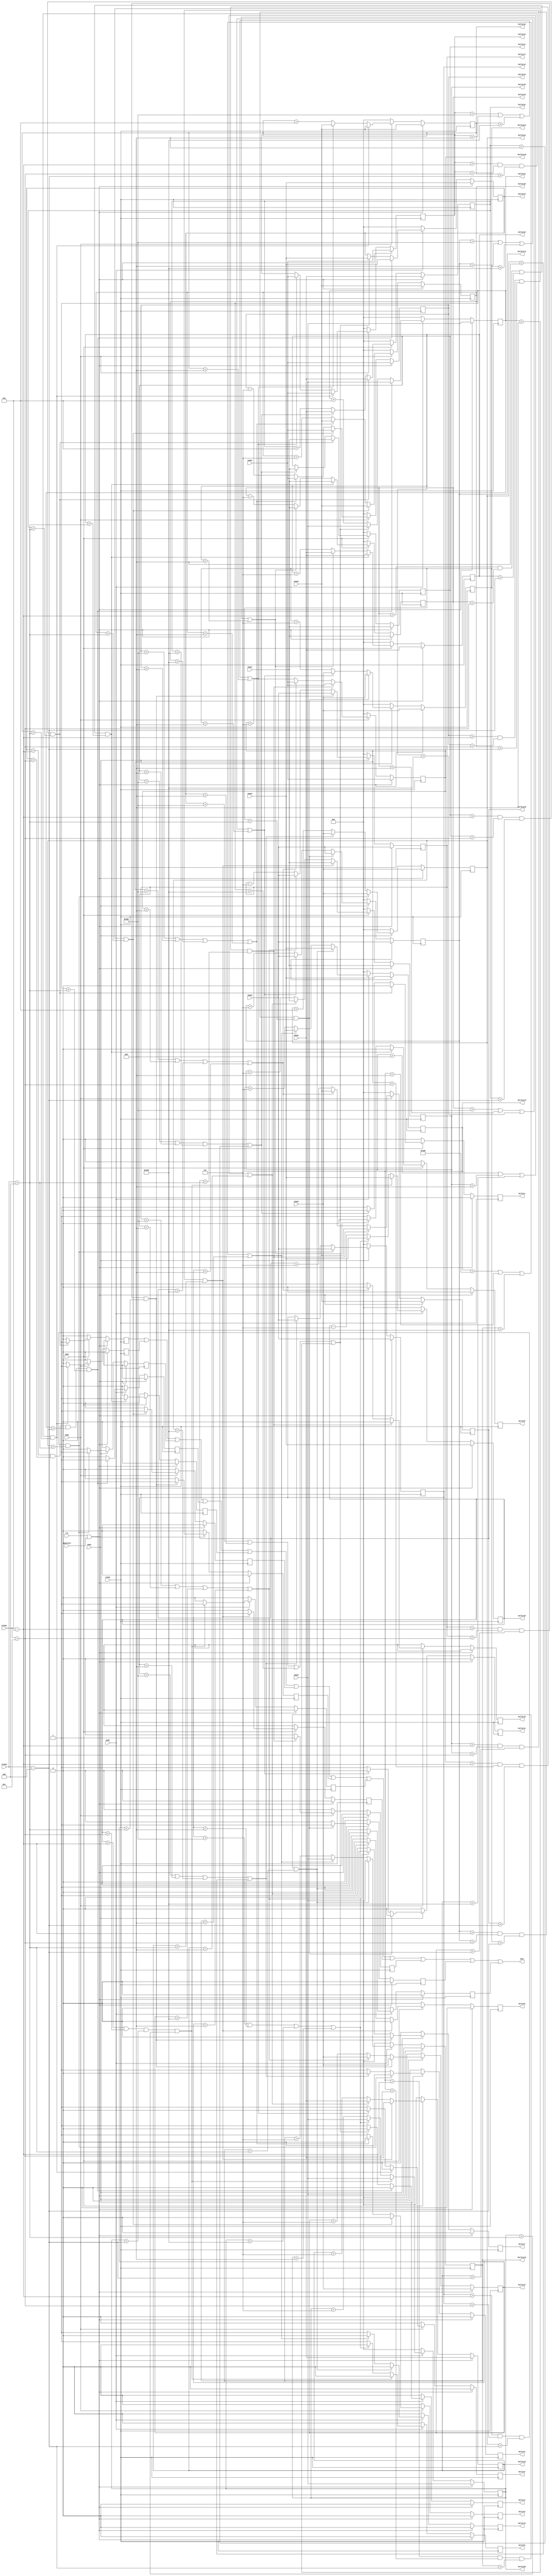
module enm_bullet(
	input rst,
	input clk22,
	input gamestart,
	input [9:0]reimux,
	input [9:0]reimuy,
	input [9:0]enmx1,
	input [9:0]enmy1,
	input [9:0]enmx2,
	input [9:0]enmy2,
	input [9:0]enmx3,
	input [9:0]enmy3,
	input [9:0]enmx4,
	input [9:0]enmy4,
	input enm1,
	input enm2,
	input enm3,
	input enm4,
	output shot, //get hurt
	output reg bullet1,//output signal ,bullet exist = 1
	output reg bullet2,
	output reg bullet3,
	output reg bullet4,
	output reg bullet5,
	output reg bullet6,
	output reg bullet7,
	output reg bullet8,
	output reg bullet9,
	output reg bullet10,
	output reg bullet11,
	output reg bullet12,
	output reg [9:0]bulletx1,//enemy1 => 
	output reg [9:0]bullety1,
	output reg [9:0]bulletx2,//enemy2 => 
	output reg [9:0]bullety2,
	output reg [9:0]bulletx3,//enemy3 => 
	output reg [9:0]bullety3,
	output reg [9:0]bulletx4,//enemy4 => 
	output reg [9:0]bullety4,
	output reg [9:0]bulletx5,//enemy1 => 
	output reg [9:0]bullety5,
	output reg [9:0]bulletx6,//enemy2 => 
	output reg [9:0]bullety6,
	output reg [9:0]bulletx7,//enemy3 => 
	output reg [9:0]bullety7,
	output reg [9:0]bulletx8,//enemy4 => 
	output reg [9:0]bullety8,
	output reg [9:0]bulletx9,//enemy1 => 
	output reg [9:0]bullety9,
	output reg [9:0]bulletx10,//enemy2 => 
	output reg [9:0]bullety10,
	output reg [9:0]bulletx11,//enemy3 => 
	output reg [9:0]bullety11,
	output reg [9:0]bulletx12,//enemy4 => 
	output reg [9:0]bullety12
	);
	
	reg nt_bullet1, nt_bullet2, nt_bullet3, nt_bullet4, nt_bullet5, nt_bullet6, nt_bullet7, nt_bullet8, nt_bullet9, nt_bullet10, nt_bullet11, nt_bullet12;

	reg [9:0]nt_bulletx1;
	reg [9:0]nt_bullety1;
	reg [9:0]nt_bulletx2;
	reg [9:0]nt_bullety2;
	reg [9:0]nt_bulletx3;
	reg [9:0]nt_bullety3;
	reg [9:0]nt_bulletx4;
	reg [9:0]nt_bullety4;
	reg [9:0]nt_bulletx5;
	reg [9:0]nt_bullety5;
	reg [9:0]nt_bulletx6;
	reg [9:0]nt_bullety6;
	reg [9:0]nt_bulletx7;
	reg [9:0]nt_bullety7;
	reg [9:0]nt_bulletx8;
	reg [9:0]nt_bullety8;
	reg [9:0]nt_bulletx9;
	reg [9:0]nt_bullety9;
	reg [9:0]nt_bulletx10;
	reg [9:0]nt_bullety10;
	reg [9:0]nt_bulletx11;
	reg [9:0]nt_bullety11;
	reg [9:0]nt_bulletx12;
	reg [9:0]nt_bullety12;

	reg shot1, shot2, shot3, shot4, shot5, shot6, shot7, shot8, shot9, shot10, shot11, shot12;
	assign shot = shot1 | shot2 | shot3 | shot4 | shot5 | shot6 | shot7 | shot8 | shot9 | shot10 | shot11 | shot12;
	
	reg nt_shot1, nt_shot2, nt_shot3, nt_shot4, nt_shot5, nt_shot6, nt_shot7, nt_shot8, nt_shot9, nt_shot10, nt_shot11, nt_shot12;

	always@(posedge clk22)
	begin
		if(rst || gamestart)
		begin
			shot1 <= 1'b0;
			shot2 <= 1'b0;
			shot3 <= 1'b0;
			shot4 <= 1'b0;
			shot5 <= 1'b0;
			shot6 <= 1'b0;
			shot7 <= 1'b0;
			shot8 <= 1'b0;
			shot9 <= 1'b0;
			shot10 <= 1'b0;
			shot11 <= 1'b0;
			shot12 <= 1'b0;
			bullet1 <= 1'b0;
			bullet2 <= 1'b0;
			bullet3 <= 1'b0;
			bullet4 <= 1'b0;
			bullet5 <= 1'b0;
			bullet6 <= 1'b0;
			bullet7 <= 1'b0;
			bullet8 <= 1'b0;
			bullet9 <= 1'b0;
			bullet10 <= 1'b0;
			bullet11 <= 1'b0;
			bullet12 <= 1'b0;
			bulletx1 <= enmx1;
			bullety1 <= enmy1;
			bulletx2 <= enmx2;
			bullety2 <= enmy2;
			bulletx3 <= enmx3;
			bullety3 <= enmy3;
			bulletx4 <= enmx4;
			bullety4 <= enmy4;
			bulletx5 <= enmx1;
			bullety5 <= enmy1;
			bulletx6 <= enmx2;
			bullety6 <= enmy2;
			bulletx7 <= enmx3;
			bullety7 <= enmy3;
			bulletx8 <= enmx4;
			bullety8 <= enmy4;
			bulletx9 <= enmx1;
			bullety9 <= enmy1;
			bulletx10 <= enmx2;
			bullety10 <= enmy2;
			bulletx11 <= enmx3;
			bullety11 <= enmy3;
			bulletx12 <= enmx4;
			bullety12 <= enmy4;
		end
		else
		begin
			shot1 <= nt_shot1;
			shot2 <= nt_shot2;
			shot3 <= nt_shot3;
			shot4 <= nt_shot4;
			shot5 <= nt_shot5;
			shot6 <= nt_shot6;
			shot7 <= nt_shot7;
			shot8 <= nt_shot8;
			shot9 <= nt_shot9;
			shot10 <= nt_shot10;
			shot11 <= nt_shot11;
			shot12 <= nt_shot12;
			bullet1 <= nt_bullet1;
			bullet2 <= nt_bullet2;
			bullet3 <= nt_bullet3;
			bullet4 <= nt_bullet4;
			bullet5 <= nt_bullet5;
			bullet6 <= nt_bullet6;
			bullet7 <= nt_bullet7;
			bullet8 <= nt_bullet8;
			bullet9 <= nt_bullet9;
			bullet10 <= nt_bullet10;
			bullet11 <= nt_bullet11;
			bullet12 <= nt_bullet12;
			bulletx1 <= nt_bulletx1;
			bullety1 <= nt_bullety1;
			bulletx2 <= nt_bulletx2;
			bullety2 <= nt_bullety2;
			bulletx3 <= nt_bulletx3;
			bullety3 <= nt_bullety3;
			bulletx4 <= nt_bulletx4;
			bullety4 <= nt_bullety4;
			bulletx5 <= nt_bulletx5;
			bullety5 <= nt_bullety5;
			bulletx6 <= nt_bulletx6;
			bullety6 <= nt_bullety6;
			bulletx7 <= nt_bulletx7;
			bullety7 <= nt_bullety7;
			bulletx8 <= nt_bulletx8;
			bullety8 <= nt_bullety8;
			bulletx9 <= nt_bulletx9;
			bullety9 <= nt_bullety9;
			bulletx10 <= nt_bulletx10;
			bullety10 <= nt_bullety10;
			bulletx11 <= nt_bulletx11;
			bullety11 <= nt_bullety11;
			bulletx12 <= nt_bulletx12;
			bullety12 <= nt_bullety12;
		end
	end

	always@(*)//enm1
	begin
		if(!enm1)
		begin
			nt_shot1 = 1'b0;
			nt_bullet1 = 1'b0;
			nt_bulletx1 = 10'd0;
			nt_bullety1 = 10'd0;
			nt_shot5 = 1'b0;
			nt_bullet5 = 1'b0;
			nt_bulletx5 = 10'd0;
			nt_bullety5 = 10'd0;
			nt_shot9 = 1'b0;
			nt_bullet9 = 1'b0;
			nt_bulletx9 = 10'd0;
			nt_bullety9 = 10'd0;
		end
		else
		begin
			if(bulletx1 > (reimux - 10'd10) && bulletx1 < (reimux + 10'd12) && bullety1 > (reimuy - 10'd11) && bullety1 < (reimuy + 10'd11))// =>
			begin
				nt_shot1 = 1'b1;
				nt_bullet1 = 1'b0;
				nt_bulletx1 = enmx1;
				nt_bullety1 = enmy1;
			end
			else
			begin
				if(bulletx1 > 10'd432 || bulletx1 < 10'd8 || bullety1 > 10'd472 || bullety1 < 10'd8)
				begin
					nt_shot1 = 1'b0;
					nt_bullet1 = 1'b0;
					nt_bulletx1 = enmx1;
					nt_bullety1 = enmy1;
				end
				else
				begin
					nt_shot1 = 1'b0;
					nt_bullet1 = 1'b1;
					nt_bulletx1 = bulletx1;
					nt_bullety1 = bullety1 + 10'd10;
				end
			end
			
			if(bulletx5 > (reimux - 10'd10) && bulletx5 < (reimux + 10'd12) && bullety5 > (reimuy - 10'd11) && bullety5 < (reimuy + 10'd11))// =>
			begin
				nt_shot5 = 1'b1;
				nt_bullet5 = 1'b0;
				nt_bulletx5 = enmx1;
				nt_bullety5 = enmy1;
			end
			else
			begin
				if(bulletx5 > 10'd432 || bulletx5 < 10'd8 || bullety5 > 10'd472 || bullety5 < 10'd8)
				begin
					nt_shot5 = 1'b0;
					nt_bullet5 = 1'b0;
					nt_bulletx5 = enmx1;
					nt_bullety5 = enmy1;
				end
				else
				begin
					nt_shot5 = 1'b0;
					nt_bullet5 = 1'b1;
					nt_bulletx5 = bulletx5 - 10'd7;
					nt_bullety5 = bullety5 + 10'd7;
				end
			end
			
			if(bulletx9 > (reimux - 10'd10) && bulletx9 < (reimux + 10'd12) && bullety9 > (reimuy - 10'd11) && bullety9 < (reimuy + 10'd11))// =>
			begin
				nt_shot9 = 1'b1;
				nt_bullet9 = 1'b0;
				nt_bulletx9 = enmx1;
				nt_bullety9 = enmy1;
			end
			else
			begin
				if(bulletx9 > 10'd432 || bulletx9 < 10'd8 || bullety9 > 10'd472 || bullety9 < 10'd8)
				begin
					nt_shot9 = 1'b0;
					nt_bullet9 = 1'b0;
					nt_bulletx9 = enmx1;
					nt_bullety9 = enmy1;
				end
				else
				begin
					nt_shot9 = 1'b0;
					nt_bullet9 = 1'b1;
					nt_bulletx9 = bulletx9 + 10'd7;
					nt_bullety9 = bullety9 + 10'd7;
				end
			end
		end
	end
	
	always@(*)//enm2
	begin
		if(!enm2)
		begin
			nt_shot2 = 1'b0;
			nt_bullet2 = 1'b0;
			nt_bulletx2 = 10'd0;
			nt_bullety2 = 10'd0;
			nt_shot6 = 1'b0;
			nt_bullet6 = 1'b0;
			nt_bulletx6 = 10'd0;
			nt_bullety6 = 10'd0;
			nt_shot10 = 1'b0;
			nt_bullet10 = 1'b0;
			nt_bulletx10 = 10'd0;
			nt_bullety10 = 10'd0;
		end
		else
		begin
		
			if(bulletx2 > (reimux - 10'd10) && bulletx2 < (reimux + 10'd12) && bullety2 > (reimuy - 10'd11) && bullety2 < (reimuy + 10'd11))// =>
			begin
				nt_shot2 = 1'b1;
				nt_bullet2 = 1'b0;
				nt_bulletx2 = enmx2;
				nt_bullety2 = enmy2;
			end
			else
			begin
				if(bulletx2 > 10'd432 || bulletx2 < 10'd8 || bullety2 > 10'd472 || bullety2 < 10'd8)
				begin
					nt_shot2 = 1'b0;
					nt_bullet2 = 1'b0;
					nt_bulletx2 = enmx2;
					nt_bullety2 = enmy2;
				end
				else
				begin
					nt_shot2 = 1'b0;
					nt_bullet2 = 1'b1;
					nt_bulletx2 = bulletx2;
					nt_bullety2 = bullety2 + 10'd10;
				end
			end
			
			if(bulletx6 > (reimux - 10'd10) && bulletx6 < (reimux + 10'd12) && bullety6 > (reimuy - 10'd11) && bullety6 < (reimuy + 10'd11))// =>
			begin
				nt_shot6 = 1'b1;
				nt_bullet6 = 1'b0;
				nt_bulletx6 = enmx2;
				nt_bullety6 = enmy2;
			end
			else
			begin
				if(bulletx6 > 10'd432 || bulletx6 < 10'd8 || bullety6 > 10'd472 || bullety6 < 10'd8)
				begin
					nt_shot6 = 1'b0;
					nt_bullet6 = 1'b0;
					nt_bulletx6 = enmx2;
					nt_bullety6 = enmy2;
				end
				else
				begin
					nt_shot6 = 1'b0;
					nt_bullet6 = 1'b1;
					nt_bulletx6 = bulletx6 - 10'd7;
					nt_bullety6 = bullety6 + 10'd7;
				end
			end
			
			if(bulletx10 > (reimux - 10'd10) && bulletx10 < (reimux + 10'd12) && bullety10 > (reimuy - 10'd11) && bullety10 < (reimuy + 10'd11))// =>
			begin
				nt_shot10 = 1'b1;
				nt_bullet10 = 1'b0;
				nt_bulletx10 = enmx2;
				nt_bullety10 = enmy2;
			end
			else
			begin
				if(bulletx10 > 10'd432 || bulletx10 < 10'd8 || bullety10 > 10'd472 || bullety10 < 10'd8)
				begin
					nt_shot10 = 1'b0;
					nt_bullet10 = 1'b0;
					nt_bulletx10 = enmx2;
					nt_bullety10 = enmy2;
				end
				else
				begin
					nt_shot10 = 1'b0;
					nt_bullet10 = 1'b1;
					nt_bulletx10 = bulletx10 + 10'd7;
					nt_bullety10 = bullety10 + 10'd7;
				end
			end
		end
	end
	
	always@(*)//enm3
	begin
		if(!enm3)
		begin
			nt_shot3 = 1'b0;
			nt_bullet3 = 1'b0;
			nt_bulletx3 = 10'd0;
			nt_bullety3 = 10'd0;
			nt_shot7 = 1'b0;
			nt_bullet7 = 1'b0;
			nt_bulletx7 = 10'd0;
			nt_bullety7 = 10'd0;
			nt_shot11 = 1'b0;
			nt_bullet11 = 1'b0;
			nt_bulletx11 = 10'd0;
			nt_bullety11 = 10'd0;
		end
		else
		begin
			if(bulletx3 > (reimux - 10'd10) && bulletx3 < (reimux + 10'd12) && bullety3 > (reimuy - 10'd11) && bullety3 < (reimuy + 10'd11))// =>
			begin
				nt_shot3 = 1'b1;
				nt_bullet3 = 1'b0;
				nt_bulletx3 = enmx3;
				nt_bullety3 = enmy3;
			end
			else
			begin
				if(bulletx3 > 10'd432 || bulletx3 < 10'd8 || bullety3 > 10'd472 || bullety3 < 10'd8)
				begin
					nt_shot3 = 1'b0;
					nt_bullet3 = 1'b0;
					nt_bulletx3 = enmx3;
					nt_bullety3 = enmy3;
				end
				else
				begin
					nt_shot3 = 1'b0;
					nt_bullet3 = 1'b1;
					nt_bulletx3 = bulletx3;
					nt_bullety3 = bullety3 + 10'd10;
				end
			end
			
			if(bulletx7 > (reimux - 10'd10) && bulletx7 < (reimux + 10'd12) && bullety7 > (reimuy - 10'd11) && bullety7 < (reimuy + 10'd11))// =>
			begin
				nt_shot7 = 1'b1;
				nt_bullet7 = 1'b0;
				nt_bulletx7 = enmx3;
				nt_bullety7 = enmy3;
			end
			else
			begin
				if(bulletx7 > 10'd432 || bulletx7 < 10'd8 || bullety7 > 10'd472 || bullety7 < 10'd8)
				begin
					nt_shot7 = 1'b0;
					nt_bullet7 = 1'b0;
					nt_bulletx7 = enmx3;
					nt_bullety7 = enmy3;
				end
				else
				begin
					nt_shot7 = 1'b0;
					nt_bullet7 = 1'b1;
					nt_bulletx7 = bulletx7 - 10'd7;
					nt_bullety7 = bullety7 + 10'd7;
				end
			end
			
			if(bulletx11 > (reimux - 10'd10) && bulletx11 < (reimux + 10'd12) && bullety11 > (reimuy - 10'd11) && bullety11 < (reimuy + 10'd11))// =>
			begin
				nt_shot11 = 1'b1;
				nt_bullet11 = 1'b0;
				nt_bulletx11 = enmx3;
				nt_bullety11 = enmy3;
			end
			else
			begin
				if(bulletx11 > 10'd432 || bulletx11 < 10'd8 || bullety11 > 10'd472 || bullety11 < 10'd8)
				begin
					nt_shot11 = 1'b0;
					nt_bullet11 = 1'b0;
					nt_bulletx11 = enmx3;
					nt_bullety11 = enmy3;
				end
				else
				begin
					nt_shot11 = 1'b0;
					nt_bullet11 = 1'b1;
					nt_bulletx11 = bulletx11 + 10'd7;
					nt_bullety11 = bullety11 + 10'd7;
				end
			end
		end
	end
	
	always@(*)//enm4
	begin
		if(!enm4)
		begin
			nt_shot4 = 1'b0;
			nt_bullet4 = 1'b0;
			nt_bulletx4 = 10'd0;
			nt_bullety4 = 10'd0;
			nt_shot8 = 1'b0;
			nt_bullet8 = 1'b0;
			nt_bulletx8 = 10'd0;
			nt_bullety8 = 10'd0;
			nt_shot12 = 1'b0;
			nt_bullet12 = 1'b0;
			nt_bulletx12 = 10'd0;
			nt_bullety12 = 10'd0;
		end
		else
		begin
		
			if(bulletx4 > (reimux - 10'd10) && bulletx4 < (reimux + 10'd12) && bullety4 > (reimuy - 10'd11) && bullety4 < (reimuy + 10'd11))// =>
			begin
				nt_shot4 = 1'b1;
				nt_bullet4 = 1'b0;
				nt_bulletx4 = enmx4;
				nt_bullety4 = enmy4;
			end
			else
			begin
				if(bulletx4 > 10'd432 || bulletx4 < 10'd8 || bullety4 > 10'd472 || bullety4 < 10'd8)
				begin
					nt_shot4 = 1'b0;
					nt_bullet4 = 1'b0;
					nt_bulletx4 = enmx4;
					nt_bullety4 = enmy4;
				end
				else
				begin
					nt_shot4 = 1'b0;
					nt_bullet4 = 1'b1;
					nt_bulletx4 = bulletx4;
					nt_bullety4 = bullety4 + 10'd10;
				end
			end
			
			if(bulletx8 > (reimux - 10'd10) && bulletx8 < (reimux + 10'd12) && bullety8 > (reimuy - 10'd11) && bullety8 < (reimuy + 10'd11))// =>
			begin
				nt_shot8 = 1'b1;
				nt_bullet8 = 1'b0;
				nt_bulletx8 = enmx4;
				nt_bullety8 = enmy4;
			end
			else
			begin
				if(bulletx8 > 10'd432 || bulletx8 < 10'd8 || bullety8 > 10'd472 || bullety8 < 10'd8)
				begin
					nt_shot8 = 1'b0;
					nt_bullet8 = 1'b0;
					nt_bulletx8 = enmx4;
					nt_bullety8 = enmy4;
				end
				else
				begin
					nt_shot8 = 1'b0;
					nt_bullet8 = 1'b1;
					nt_bulletx8 = bulletx8 - 10'd7;
					nt_bullety8 = bullety8 + 10'd7;
				end
			end
			
			if(bulletx12 > (reimux - 10'd10) && bulletx12 < (reimux + 10'd12) && bullety12 > (reimuy - 10'd11) && bullety12 < (reimuy + 10'd11))// =>
			begin
				nt_shot12 = 1'b1;
				nt_bullet12 = 1'b0;
				nt_bulletx12 = enmx4;
				nt_bullety12 = enmy4;
			end
			else
			begin
				if(bulletx12 > 10'd440 || bulletx12 < 10'd8 || bullety12 > 10'd472 || bullety12 < 10'd8)
				begin
					nt_shot12 = 1'b0;
					nt_bullet12 = 1'b0;
					nt_bulletx12 = enmx4;
					nt_bullety12 = enmy4;
				end
				else
				begin
					nt_shot12 = 1'b0;
					nt_bullet12 = 1'b1;
					nt_bulletx12 = bulletx12 + 10'd7;
					nt_bullety12 = bullety12 + 10'd7;
				end
			end
		end
	end
endmodule